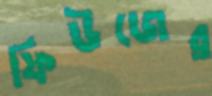
ফিউজের